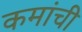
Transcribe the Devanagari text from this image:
कमांची